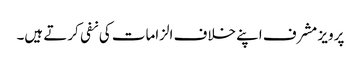
پرویز مشرف اپنے خلاف الزامات کی نفی کرتے ہیں۔